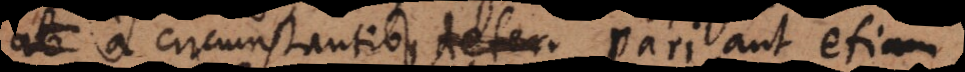
a circumstantibus deter pari aut etiam